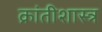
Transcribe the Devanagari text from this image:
क्रांतीशास्त्र